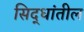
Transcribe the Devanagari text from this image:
सिद्धांतील